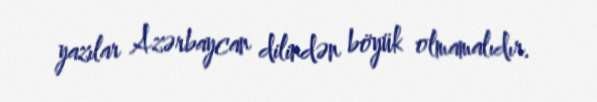
yazılar Azərbaycan dilindən böyük olmamalıdır.